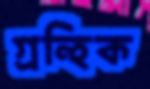
গ্রন্হিক